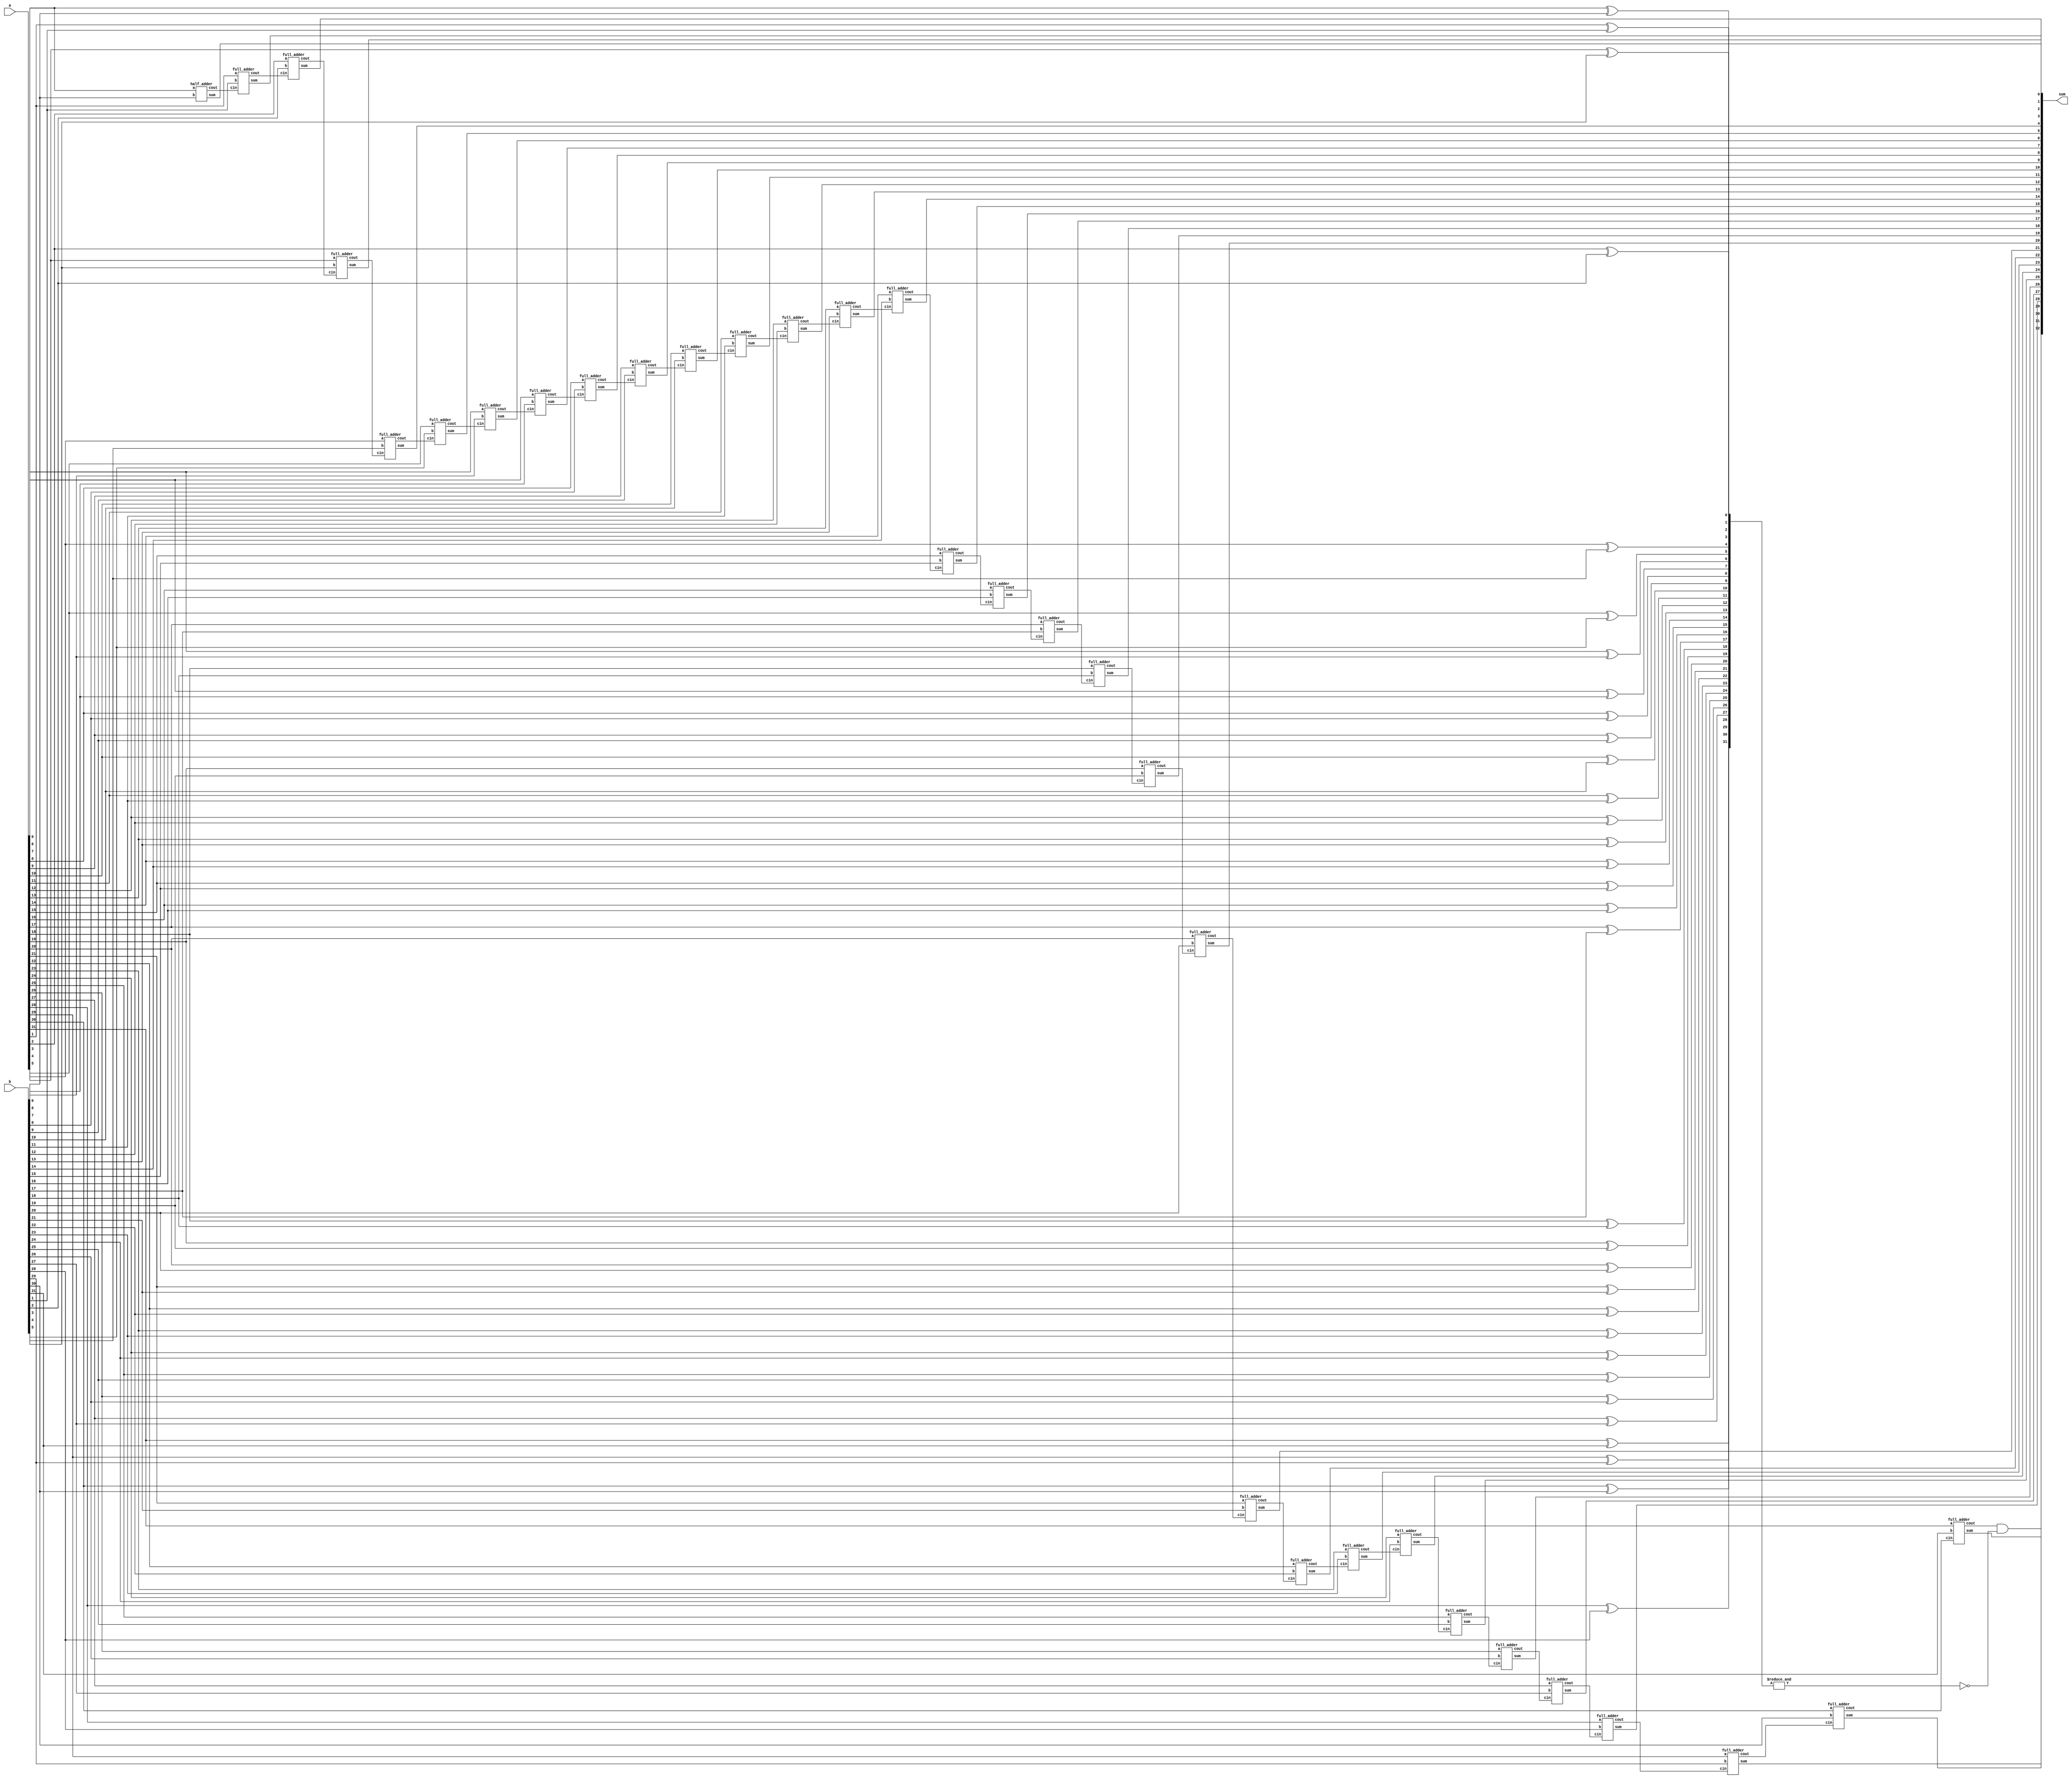
// ================ BYPASS ADDER ================
module bypass_adder (
    a,
    b,
    sum
);
  input [31:0] a, b;
  output [32:0] sum;
  wire [31:0] c, p;
  wire pb;
  assign pb = &p;
  assign sum[32] = c[31] & ~pb;
  half_adder ha (
      a[0],
      b[0],
      sum[0],
      c[0]
  );
  xor xor_0 (p[0], a[0], b[0]);
  genvar i;
  generate
    for (i = 0; i < 31; i = i + 1) begin
      full_adder fa (
          a[i+1],
          b[i+1],
          c[i],
          sum[i+1],
          c[i+1]
      );
      xor xor_i (p[i+1], a[i+1], b[i+1]);
    end
  endgenerate

endmodule
// ================ FA ================
module full_adder (
    a,
    b,
    cin,
    sum,
    cout
);
  input a, b, cin;
  output sum, cout;
  wire x, y, z;
  half_adder h1 (
      .a(a),
      .b(b),
      .sum(x),
      .cout(y)
  );
  half_adder h2 (
      .a(x),
      .b(cin),
      .sum(sum),
      .cout(z)
  );
  or or_1 (cout, z, y);
endmodule
// ================ HA ================
module half_adder (
    a,
    b,
    sum,
    cout
);
  input a, b;
  output sum, cout;
  xor xor_1 (sum, a, b);
  and and_1 (cout, a, b);
endmodule
// ================ END ================